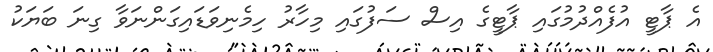
އެ ޕާޓީ އުފެއްދުމުގައި ޕާޓީގެ އިސް ސަފުގައި މިހާރު ހިމެނިވަޑައިގަންނަވާ ގިނަ ބަޔަކު